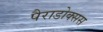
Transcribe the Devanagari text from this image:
पैराडोक्सस